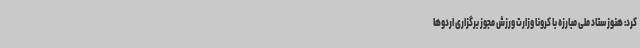
کرد: هنوز ستاد ملی مبارزه با کرونا وزارت ورزش مجوز برگزاری اردوها